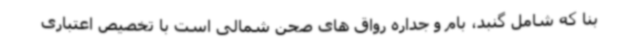
بنا که شامل گنبد، بام و جداره رواق ‌های صحن شمالی است با تخصیص اعتباری